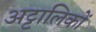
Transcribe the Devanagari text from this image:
अट्टालिकों